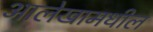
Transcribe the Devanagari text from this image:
आलेखामधील